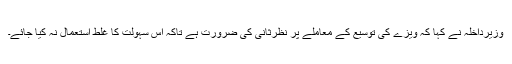
وزیرداخلہ نے کہا کہ ویزے کی توسیع کے معاملے پر نظرثانی کی ضرورت ہے تاکہ اس سہولت کا غلط استعمال نہ کیا جائے۔